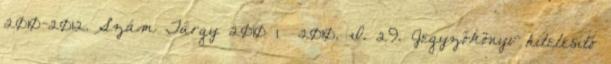
2010-2012. Szám Tárgy 2010 1 2010. I. 29. Jegyzőkönyv hitelesítő